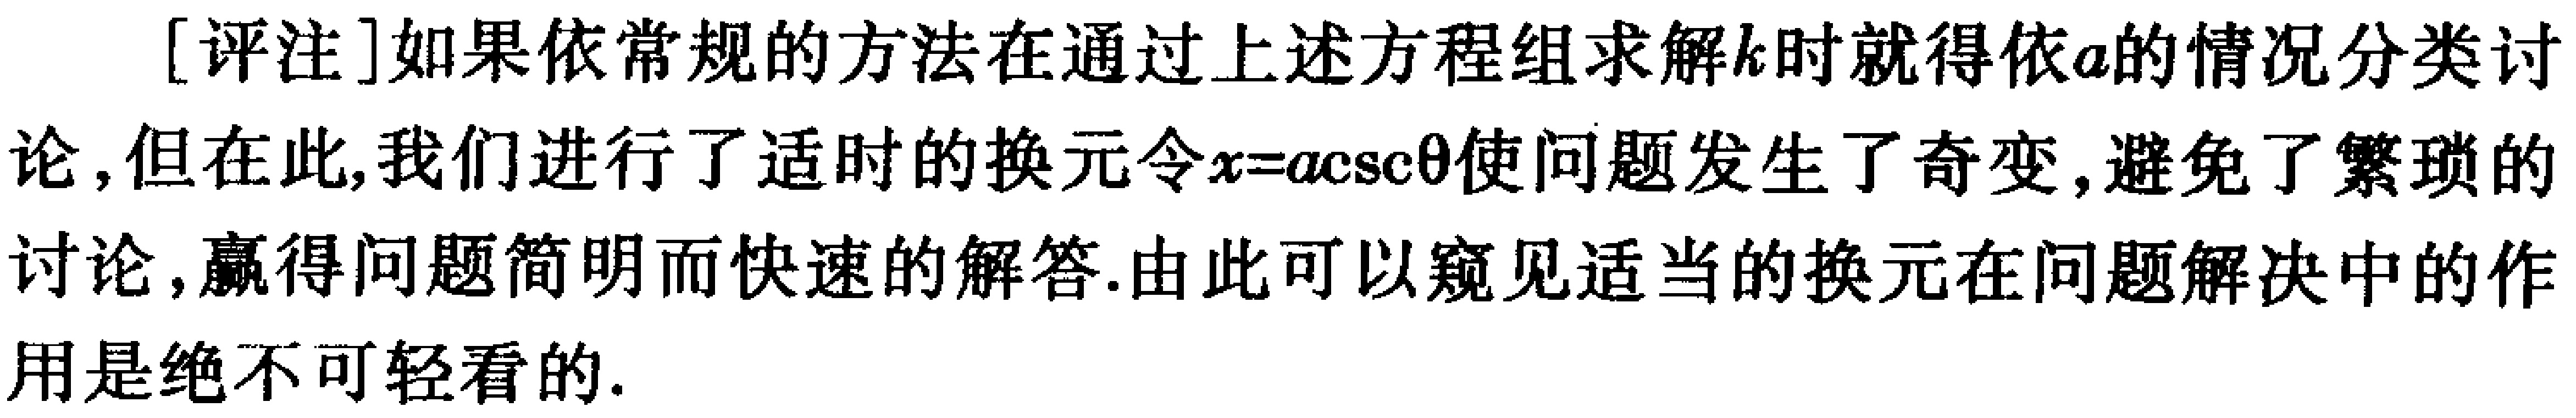
[评注]如果依常规的方法在通过上述方程组求解\(k\)时就得依\(a\)的情况分类讨论,但在此,我们进行了适时的换元令\(x = a\csc\theta\)使问题发生了奇变,避免了繁琐的讨论,赢得问题简明而快速的解答.由此可以窥见适当的换元在问题解决中的作用是绝不可轻看的.